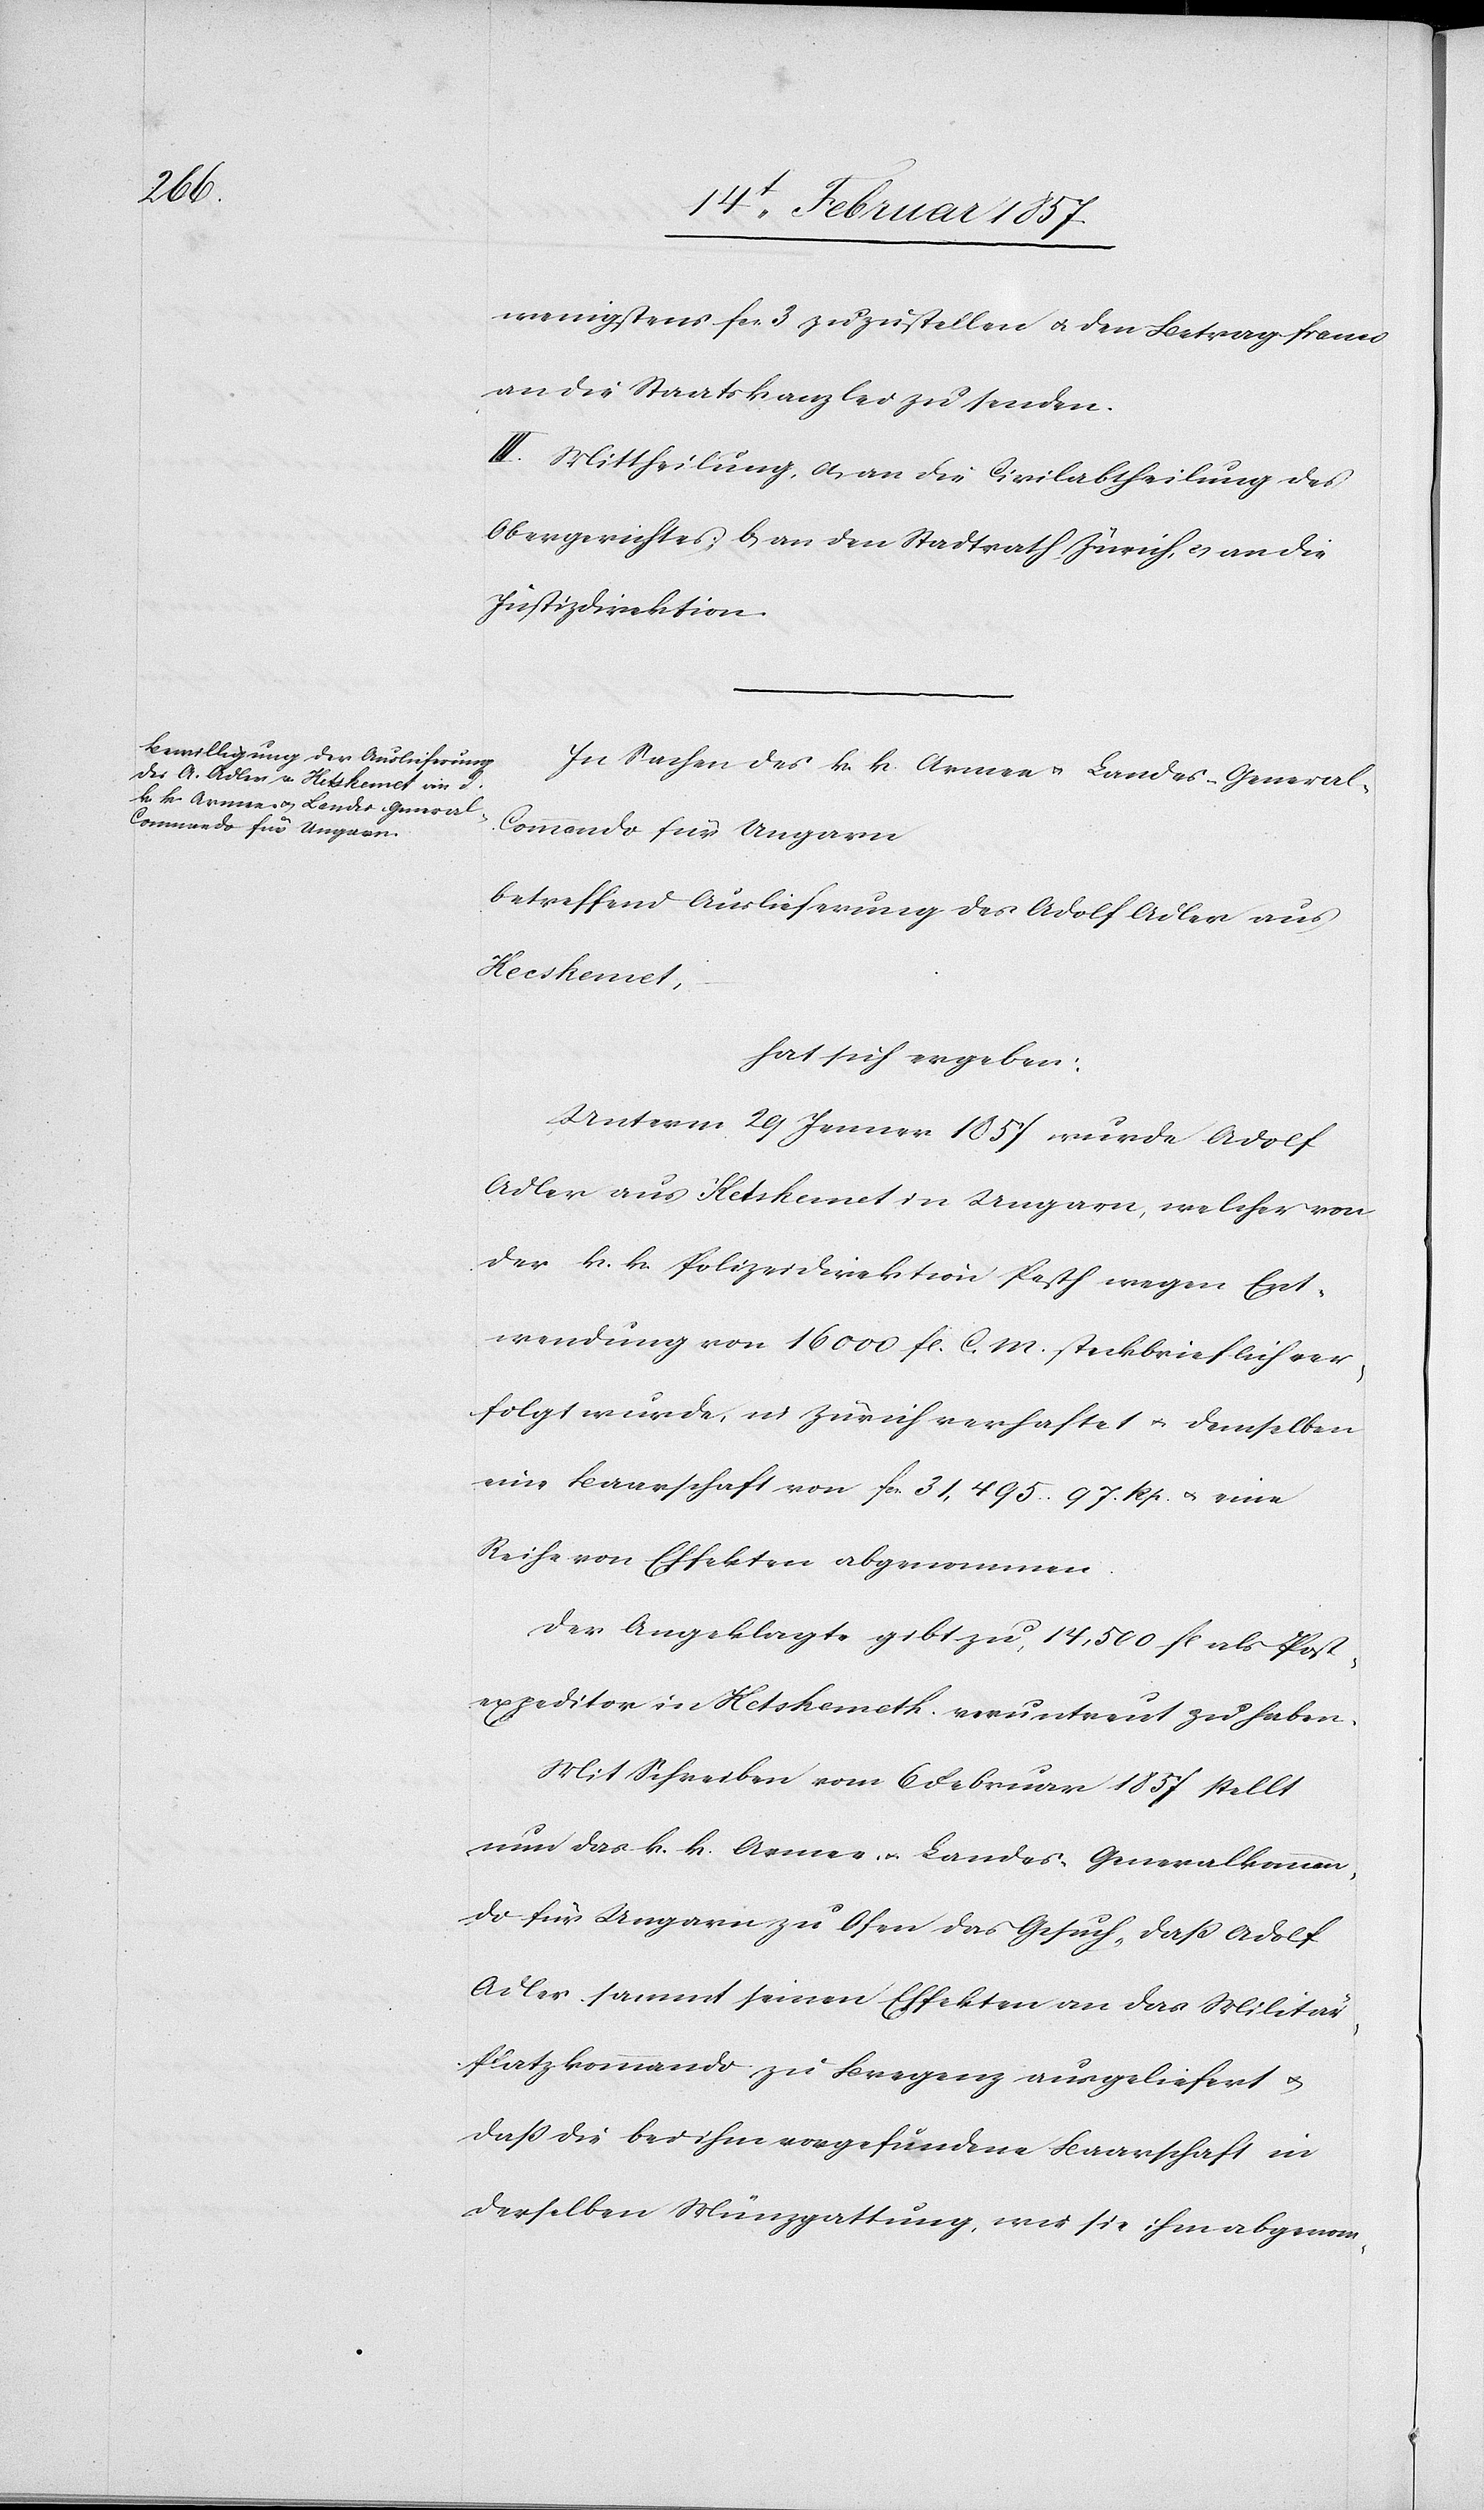
wenigstens fr. 3 zuzustellen u. den Betrag franco
an die Staatskanzlei zu senden.
III. Mittheilung, a. an die Civilabtheilung des
Obergerichtes; b. an den Stadtrath Zürich, u. an die
Justizdirektion.
In Sachen des k. k. Armee[-] u. Landes-Genera¬
l-Commando für Ungarn
betreffend Auslieferung des Adolf Adler aus
Kecskemet,
hat sich ergeben:
Unterm 29 Jenner 1857 wurde Adolf
Adler aus Kecskemet in Ungarn, welcher von
der k. k. Polizeidirektion Pesth wegen Ent¬
wendung von 16 000 fl. C. M. steckbrieflich ver¬
folgt wurde, in Zürich verhaftet u. demselben
eine Baarschaft von fr. 31,495. 97. Rp. u. eine
Reihe von Effekten abgenommen.
Der Angeklagte gibt zu, 14,500 fl als Post¬
expeditor in Ketskemetk veruntreut zu haben.
Mit Schreiben vom 6 Februar 1857 stellt
nun das k. k. Armee- u. Landes-Generalkomman¬
do für Ungarn zu Ofen das Gesuch, daß Adolf
Adler sammt seinen Effekten an das Militä¬
r-Platzkommando zu Bregenz ausgeliefert u.
daß die bei ihm vorgefundene Baarschaft in
derselben Münzgattung, wie sie ihm abgenom-